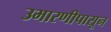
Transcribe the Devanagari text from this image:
उभारणीपासून